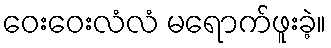
ဝေးဝေးလံလံ မရောက်ဖူးခဲ့။